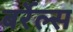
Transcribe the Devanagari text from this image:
बर्रेल्स